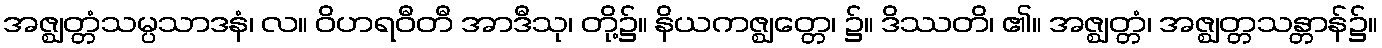
အဇ္ဈတ္တံသမ္ပသာဒနံ၊ လ။ ဝိဟရဝီတီ အာဒီသု၊ တို့၌။ နိယကဇ္ဈတ္တေ၊ ၌။ ဒိဿတိ၊ ၏။ အဇ္ဈတ္တံ၊ အဇ္ဈတ္တသန္တာန်၌။